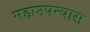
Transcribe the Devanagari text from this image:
महाउपन्यास